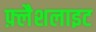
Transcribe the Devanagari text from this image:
फ़्लैशलाइट